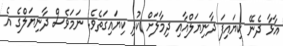
އާޅާ ދެނޭ ކިޔައިފަ ދާނިޔަލްއާއި ދިމާލަށް ކުދި ކިޔައިގަތެވެ. ނަމަވެސް ދާނިޔަލްގެ އެ